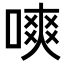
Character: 𠼙